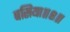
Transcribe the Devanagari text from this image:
बसिया॥८॥